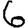
Digit: 6